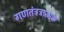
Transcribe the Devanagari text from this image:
गणतंत्रत्रात्मक